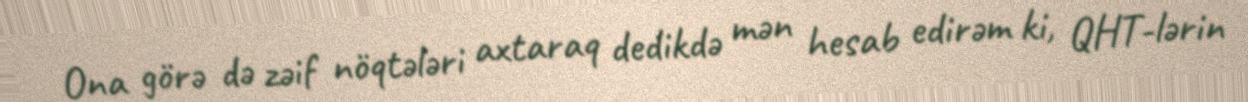
Ona görə də zəif nöqtələri axtaraq dedikdə mən hesab edirəm ki, QHT-lərin